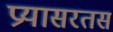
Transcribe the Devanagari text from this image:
प्रयासरतस